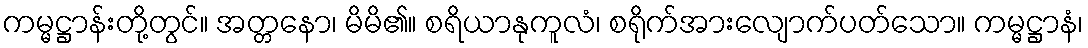
ကမ္မဋ္ဌာန်းတို့တွင်။ အတ္တနော၊ မိမိ၏။ စရိယာနုကူလံ၊ စရိုက်အားလျောက်ပတ်သော။ ကမ္မဋ္ဌာနံ၊